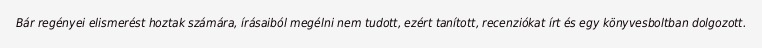
Bár regényei elismerést hoztak számára, írásaiból megélni nem tudott, ezért tanított, recenziókat írt és egy könyvesboltban dolgozott.